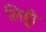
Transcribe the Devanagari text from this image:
लिड्डी